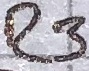
Text: R3